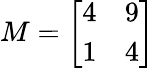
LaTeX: M=\left[{\begin{array}{ll}{4}&{9}\\ {1}&{4}\end{array}}\right]